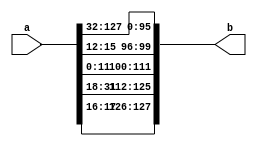

module KeyUpdate(a,
                 b);

input [127:0] a;
output[127:0] b;

// ---------------------------

wire [31:0] a0,a1,a2,a3;
wire [31:0] b0,b1,b2,b3;

assign a0 = a[31:0];
assign a1 = a[63:32];
assign a2 = a[95:64];
assign a3 = a[127:96];

assign b3[0] = a0[12];
assign b3[1] = a0[13];
assign b3[2] = a0[14];
assign b3[3] = a0[15];
assign b3[4] = a0[0];
assign b3[5] = a0[1];
assign b3[6] = a0[2];
assign b3[7] = a0[3];
assign b3[8] = a0[4];
assign b3[9] = a0[5];
assign b3[10] = a0[6];
assign b3[11] = a0[7];
assign b3[12] = a0[8];
assign b3[13] = a0[9];
assign b3[14] = a0[10];
assign b3[15] = a0[11];
assign b3[16] = a0[18];
assign b3[17] = a0[19];
assign b3[18] = a0[20];
assign b3[19] = a0[21];
assign b3[20] = a0[22];
assign b3[21] = a0[23];
assign b3[22] = a0[24];
assign b3[23] = a0[25];
assign b3[24] = a0[26];
assign b3[25] = a0[27];
assign b3[26] = a0[28];
assign b3[27] = a0[29];
assign b3[28] = a0[30];
assign b3[29] = a0[31];
assign b3[30] = a0[16];
assign b3[31] = a0[17];

assign b0 = a1;
assign b1 = a2;
assign b2 = a3;

// ---------------------------

assign b = {b3,b2,b1,b0};

endmodule